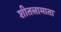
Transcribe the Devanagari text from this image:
शीतलामाता